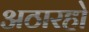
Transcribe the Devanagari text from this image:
अठारहो